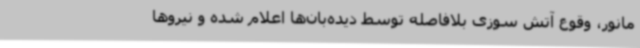
مانور، وقوع آتش سوزی بلافاصله توسط دیده‌بان‌ها اعلام شده و نیروها